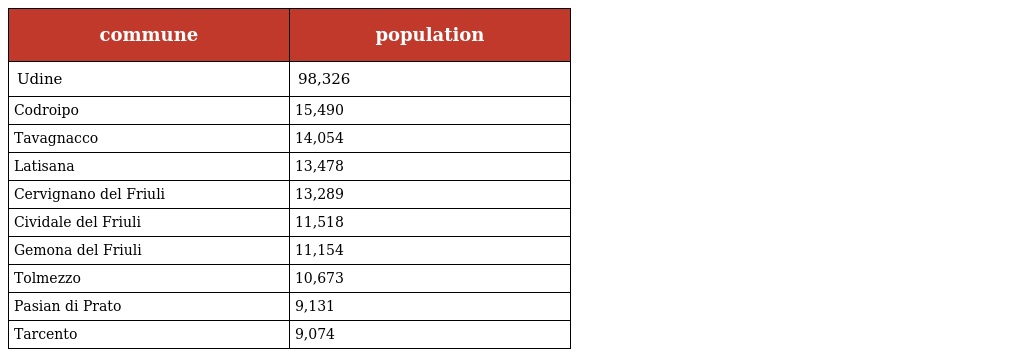
| commune | population |
 | --- | --- |
 | Udine | 98,326 |
 | Codroipo | 15,490 |
 | Tavagnacco | 14,054 |
 | Latisana | 13,478 |
 | Cervignano del Friuli | 13,289 |
 | Cividale del Friuli | 11,518 |
 | Gemona del Friuli | 11,154 |
 | Tolmezzo | 10,673 |
 | Pasian di Prato | 9,131 |
 | Tarcento | 9,074 |